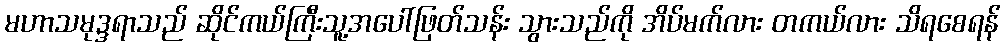
မဟာသမုဒ္ဒရာသည် ဆိုင်ကယ်ကြီးသူ့အပေါ်ဖြတ်သန်း သွားသည်ကို အိပ်မက်လား တကယ်လား သိရစေရန်